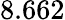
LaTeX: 8.662